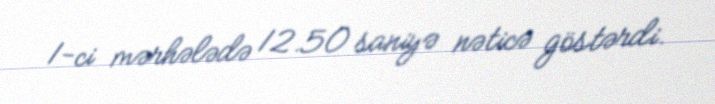
1-ci mərhələdə 12.50 saniyə nəticə göstərdi.